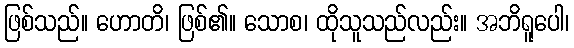
ဖြစ်သည်။ ဟောတိ၊ ဖြစ်၏။ သောစ၊ ထိုသူသည်လည်း။ အဘိရူပေါ၊